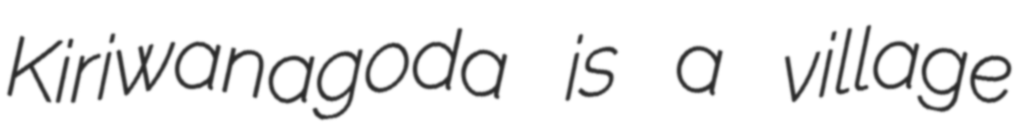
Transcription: Kiriwanagoda is a village